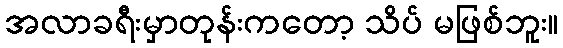
အလာခရီးမှာတုန်းကတော့ သိပ် မဖြစ်ဘူး။